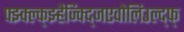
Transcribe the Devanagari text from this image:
फ्झ्क्ल्क्झ्हैज्क्द्जिएवोलिउल्द्फ्